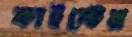
কাইস্টের